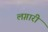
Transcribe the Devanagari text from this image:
लग़ारी